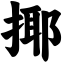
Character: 揶